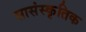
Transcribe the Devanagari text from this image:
सासंस्कृतिक